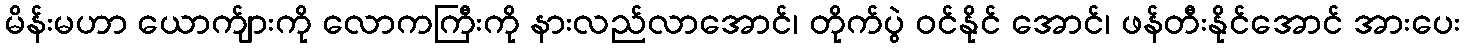
မိန်းမဟာ ယောက်ျားကို လောကကြီးကို နားလည်လာအောင်၊ တိုက်ပွဲ ဝင်နိုင် အောင်၊ ဖန်တီးနိုင်အောင် အားပေး